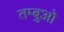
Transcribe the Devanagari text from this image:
तम्बुओ